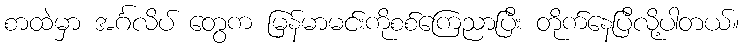
စာထဲမှာ အင်္ဂလိပ် တွေက မြန်မာမင်းကိုစစ်ကြေညာပြီး တိုက်နေပြီလို့ပါတယ်။